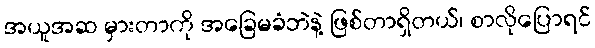
အယူအဆ မှားတာကို အခြေမခံဘဲနဲ့ ဖြစ်တာရှိတယ်၊ စာလိုပြောရင်